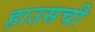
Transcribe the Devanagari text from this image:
हाउसची